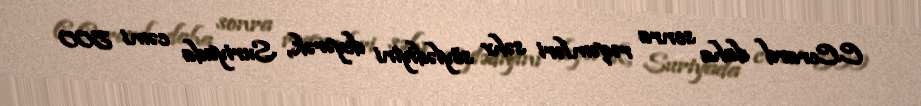
C.Cerard daha sonra rəqəmləri səhv söylədiyini deyərək, Suriyada cəmi 500